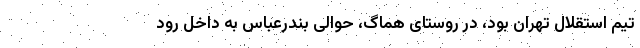
تیم استقلال تهران بود، در روستای هماگ، حوالی بندرعباس به داخل رود